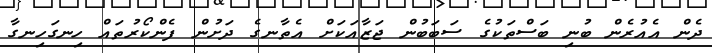
ދެން އެއުރެން ބުނި ބަސްތަކުގެ ސަބަބުން ޖަޒާއަކަށް އެތާނގެ ދަށުން ފެންކޯރުތައް ހިނގަހިނގާ